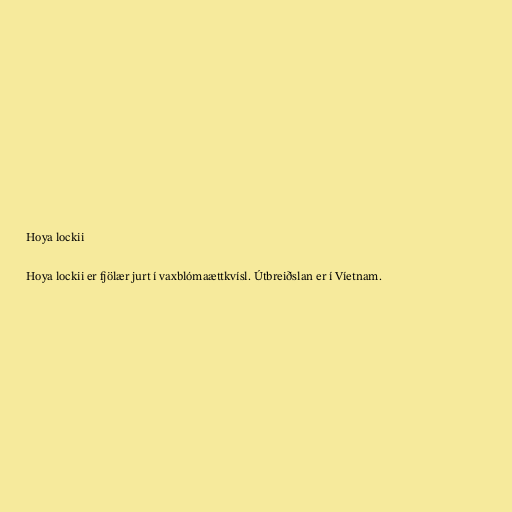
Hoya lockii

Hoya lockii er fjölær jurt í vaxblómaættkvísl. Útbreiðslan er í Víetnam.